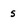
Character: s